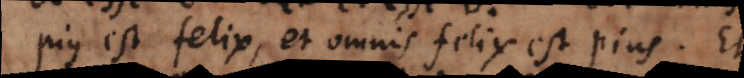
pius est felix, et omnis felix est pius. Et